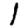
Digit: 1